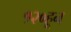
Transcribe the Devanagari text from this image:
१२०हून